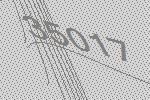
35017